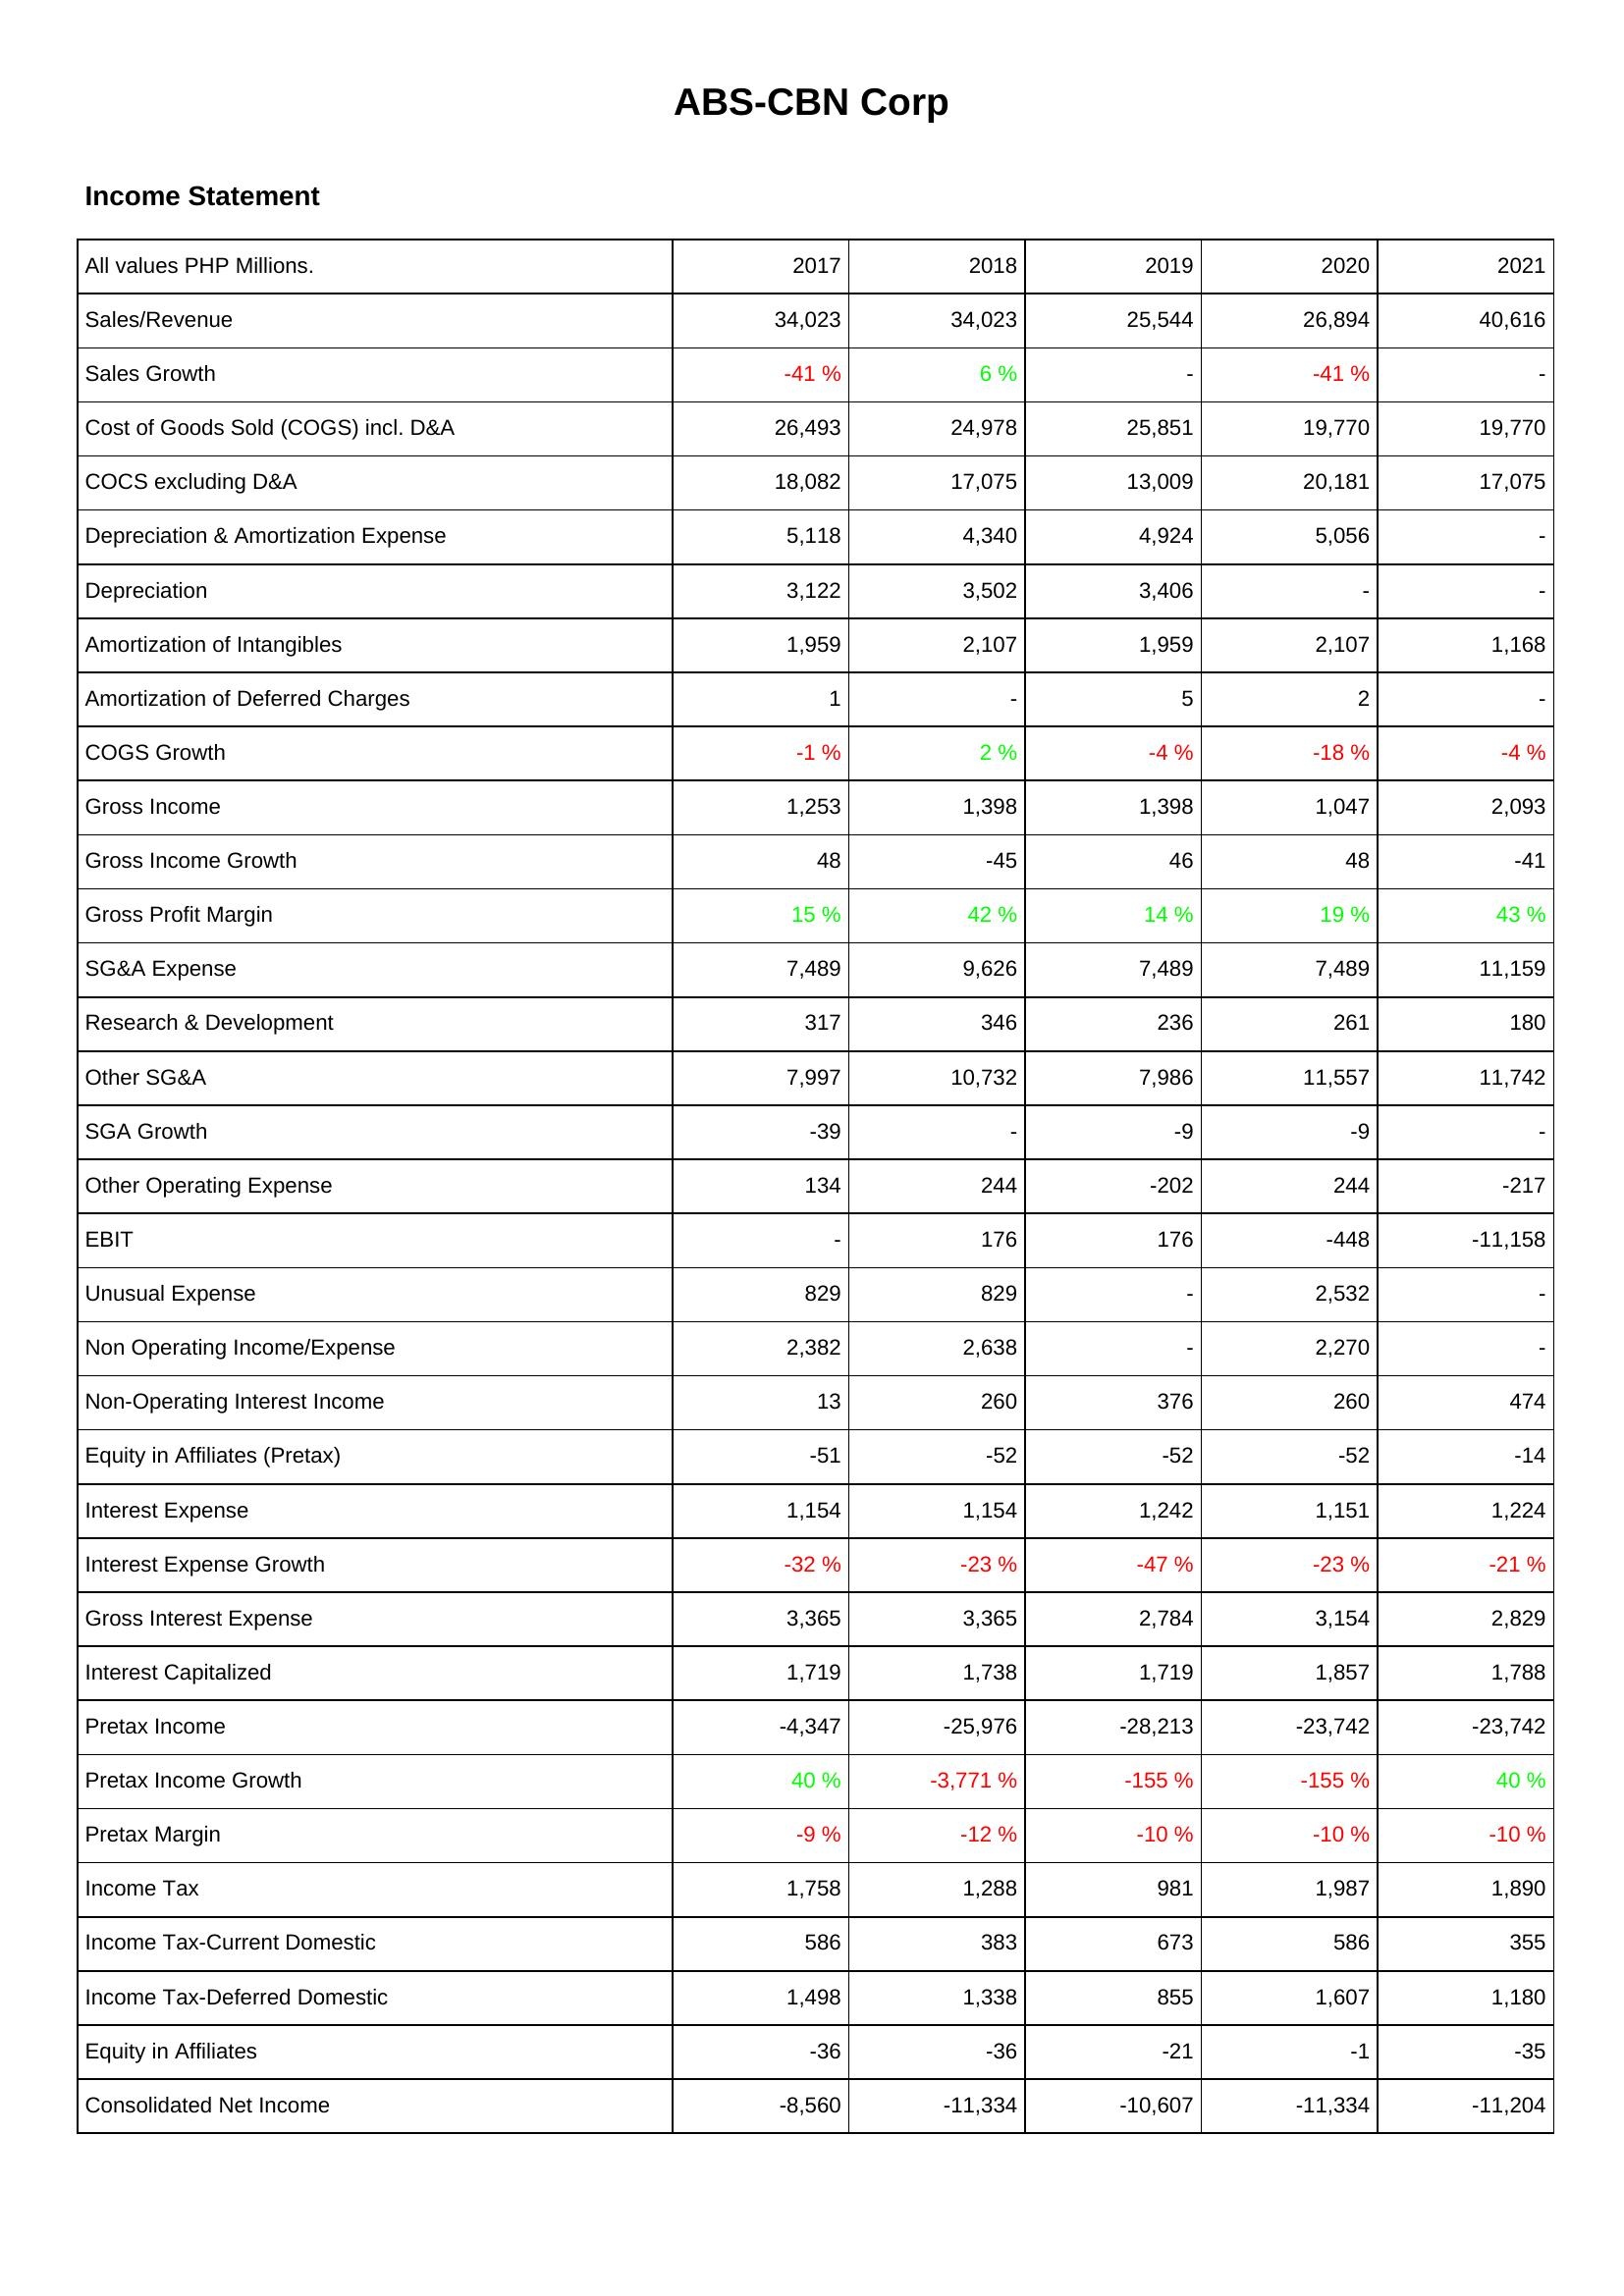
2017: Income Statement: Sales/Revenue: 34,023
Sales Growth: -41 %
Cost of Goods Sold (COGS) incl. D&A: 26,493
COCS excluding D&A: 18,082
Depreciation & Amortization Expense: 5,118
Depreciation: 3,122
Amortization of Intangibles: 1,959
Amortization of Deferred Charges: 1
COGS Growth: -1 %
Gross Income: 1,253
Gross Income Growth: 48
Gross Profit Margin: 15 %
SG&A Expense: 7,489
Research & Development: 317
Other SG&A: 7,997
SGA Growth: -39
Other Operating Expense: 134
EBIT: -
Unusual Expense: 829
Non Operating Income/Expense: 2,382
Non-Operating Interest Income: 13
Equity in Affiliates (Pretax): -51
Interest Expense: 1,154
Interest Expense Growth: -32 %
Gross Interest Expense: 3,365
Interest Capitalized: 1,719
Pretax Income: -4,347
Pretax Income Growth: 40 %
Pretax Margin: -9 %
Income Tax: 1,758
Income Tax-Current Domestic: 586
Income Tax-Deferred Domestic: 1,498
Equity in Affiliates: -36
Consolidated Net Income: -8,560
2018: Income Statement: Sales/Revenue: 34,023
Sales Growth: 6 %
Cost of Goods Sold (COGS) incl. D&A: 24,978
COCS excluding D&A: 17,075
Depreciation & Amortization Expense: 4,340
Depreciation: 3,502
Amortization of Intangibles: 2,107
Amortization of Deferred Charges: -
COGS Growth: 2 %
Gross Income: 1,398
Gross Income Growth: -45
Gross Profit Margin: 42 %
SG&A Expense: 9,626
Research & Development: 346
Other SG&A: 10,732
SGA Growth: -
Other Operating Expense: 244
EBIT: 176
Unusual Expense: 829
Non Operating Income/Expense: 2,638
Non-Operating Interest Income: 260
Equity in Affiliates (Pretax): -52
Interest Expense: 1,154
Interest Expense Growth: -23 %
Gross Interest Expense: 3,365
Interest Capitalized: 1,738
Pretax Income: -25,976
Pretax Income Growth: -3,771 %
Pretax Margin: -12 %
Income Tax: 1,288
Income Tax-Current Domestic: 383
Income Tax-Deferred Domestic: 1,338
Equity in Affiliates: -36
Consolidated Net Income: -11,334
2019: Income Statement: Sales/Revenue: 25,544
Sales Growth: -
Cost of Goods Sold (COGS) incl. D&A: 25,851
COCS excluding D&A: 13,009
Depreciation & Amortization Expense: 4,924
Depreciation: 3,406
Amortization of Intangibles: 1,959
Amortization of Deferred Charges: 5
COGS Growth: -4 %
Gross Income: 1,398
Gross Income Growth: 46
Gross Profit Margin: 14 %
SG&A Expense: 7,489
Research & Development: 236
Other SG&A: 7,986
SGA Growth: -9
Other Operating Expense: -202
EBIT: 176
Unusual Expense: -
Non Operating Income/Expense: -
Non-Operating Interest Income: 376
Equity in Affiliates (Pretax): -52
Interest Expense: 1,242
Interest Expense Growth: -47 %
Gross Interest Expense: 2,784
Interest Capitalized: 1,719
Pretax Income: -28,213
Pretax Income Growth: -155 %
Pretax Margin: -10 %
Income Tax: 981
Income Tax-Current Domestic: 673
Income Tax-Deferred Domestic: 855
Equity in Affiliates: -21
Consolidated Net Income: -10,607
2020: Income Statement: Sales/Revenue: 26,894
Sales Growth: -41 %
Cost of Goods Sold (COGS) incl. D&A: 19,770
COCS excluding D&A: 20,181
Depreciation & Amortization Expense: 5,056
Depreciation: -
Amortization of Intangibles: 2,107
Amortization of Deferred Charges: 2
COGS Growth: -18 %
Gross Income: 1,047
Gross Income Growth: 48
Gross Profit Margin: 19 %
SG&A Expense: 7,489
Research & Development: 261
Other SG&A: 11,557
SGA Growth: -9
Other Operating Expense: 244
EBIT: -448
Unusual Expense: 2,532
Non Operating Income/Expense: 2,270
Non-Operating Interest Income: 260
Equity in Affiliates (Pretax): -52
Interest Expense: 1,151
Interest Expense Growth: -23 %
Gross Interest Expense: 3,154
Interest Capitalized: 1,857
Pretax Income: -23,742
Pretax Income Growth: -155 %
Pretax Margin: -10 %
Income Tax: 1,987
Income Tax-Current Domestic: 586
Income Tax-Deferred Domestic: 1,607
Equity in Affiliates: -1
Consolidated Net Income: -11,334
2021: Income Statement: Sales/Revenue: 40,616
Sales Growth: -
Cost of Goods Sold (COGS) incl. D&A: 19,770
COCS excluding D&A: 17,075
Depreciation & Amortization Expense: -
Depreciation: -
Amortization of Intangibles: 1,168
Amortization of Deferred Charges: -
COGS Growth: -4 %
Gross Income: 2,093
Gross Income Growth: -41
Gross Profit Margin: 43 %
SG&A Expense: 11,159
Research & Development: 180
Other SG&A: 11,742
SGA Growth: -
Other Operating Expense: -217
EBIT: -11,158
Unusual Expense: -
Non Operating Income/Expense: -
Non-Operating Interest Income: 474
Equity in Affiliates (Pretax): -14
Interest Expense: 1,224
Interest Expense Growth: -21 %
Gross Interest Expense: 2,829
Interest Capitalized: 1,788
Pretax Income: -23,742
Pretax Income Growth: 40 %
Pretax Margin: -10 %
Income Tax: 1,890
Income Tax-Current Domestic: 355
Income Tax-Deferred Domestic: 1,180
Equity in Affiliates: -35
Consolidated Net Income: -11,204